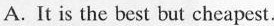
A. It is the best but gheapest.